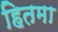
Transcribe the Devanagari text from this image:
हितमा